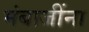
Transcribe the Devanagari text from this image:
मंबाजींना